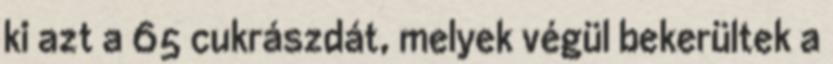
ki azt a 65 cukrászdát, melyek végül bekerültek a